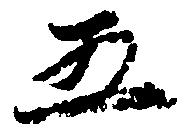
五